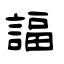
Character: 諨